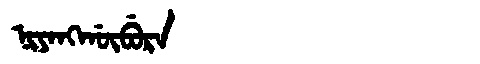
Manchu: ᠨᡳᠶᠠᠩᡤᡡᠪᡠᡵᠠ
Romanization: NIYANGGŪBURA